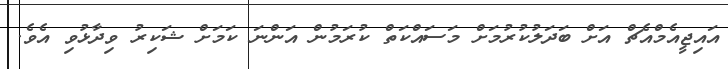
އައިޖީއެމްއެޗް އަށް ބަދަލުކުރުމަށް މަސައްކަތް ކުރަމުން އަންނަ ކަމަށް ޝަކިރު ވިދާޅުވި އެވެ.